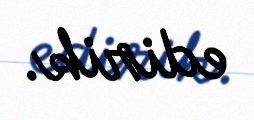
edirik.